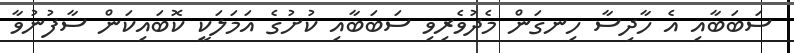
ސަބަބާއި އެ ހާދިސާ ހިނގަން މެދުވެރިވި ސަބަބާއި ކުށުގެ އަމަލަކީ ކޮބައިކަން ސާފުނުވާ